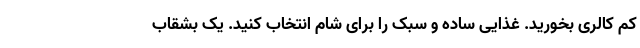
کم کالری بخورید. غذایی ساده و سبک را برای شام انتخاب کنید. یک بشقاب